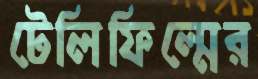
টেলিফিল্মের